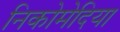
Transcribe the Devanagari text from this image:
निकोमेदिया